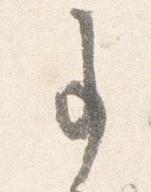
事